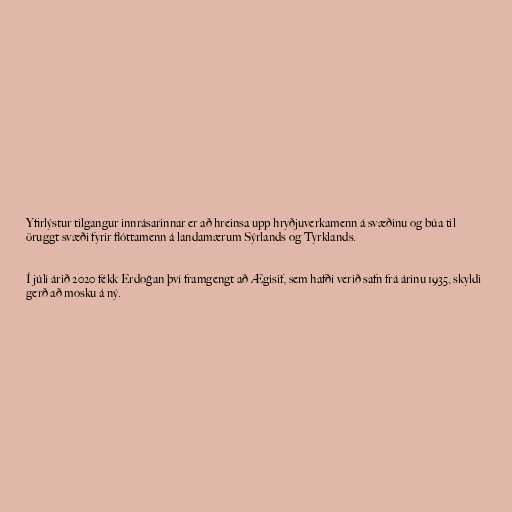
Yfirlýstur tilgangur innrásarinnar er að hreinsa upp hryðjuverkamenn á svæðinu og búa til
öruggt svæði fyrir flóttamenn á landamærum Sýrlands og Tyrklands.

Í júlí árið 2020 fékk Erdoğan því framgengt að Ægisif, sem hafði verið safn frá árinu 1935, skyldi
gerð að mosku á ný.